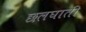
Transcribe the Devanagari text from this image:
छलघाती